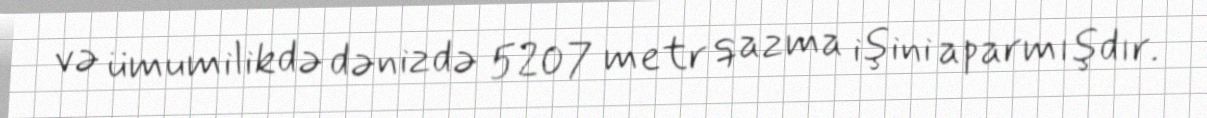
və ümumilikdə dənizdə 5207 metr qazma işini aparmışdır.